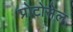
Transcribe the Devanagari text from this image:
प्रोटोसेल